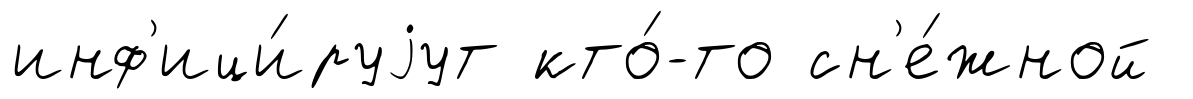
инф'ици́руjут кто́-то сн'е́жной